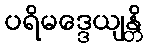
ပရိမဒ္ဒေယျန္တိ